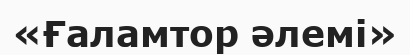
«Ғаламтор әлемі»